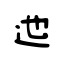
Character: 迆